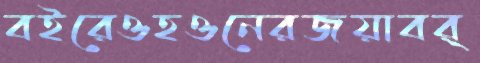
বইরেওহওনেরজয়াবর্